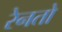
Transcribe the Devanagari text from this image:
रेनतो